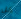
كل